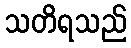
သတိရသည်